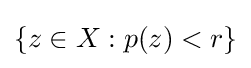
\{z\in X:p(z)<r\}